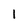
Character: 1